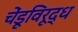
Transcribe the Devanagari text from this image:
चेंडूविरूद्ध